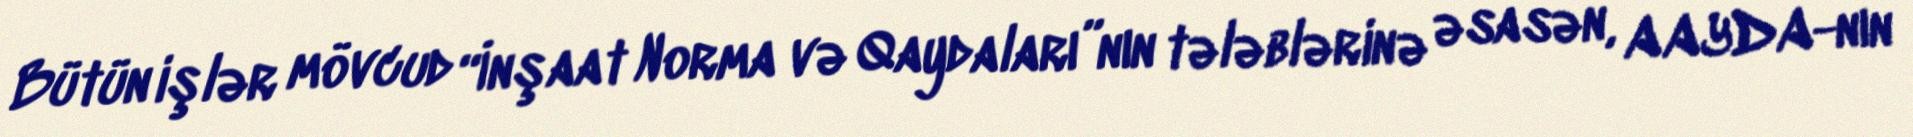
Bütün işlər mövcud “İnşaat Norma və Qaydaları”nın tələblərinə əsasən, AAYDA-nın